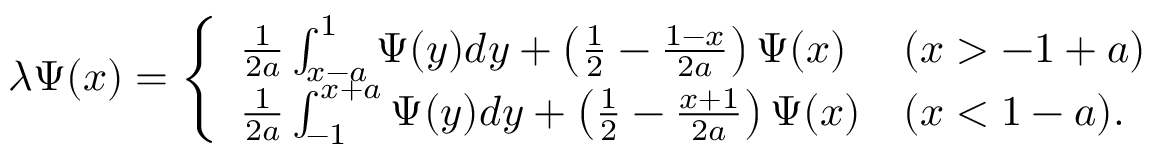
\begin{array} { r } { \lambda \Psi ( x ) = \left\{ \begin{array} { l l } { \frac { 1 } { 2 a } \int _ { x - a } ^ { 1 } \Psi ( y ) d y + \left( \frac { 1 } { 2 } - \frac { 1 - x } { 2 a } \right) \Psi ( x ) } & { ( x > - 1 + a ) } \\ { \frac { 1 } { 2 a } \int _ { - 1 } ^ { x + a } \Psi ( y ) d y + \left( \frac { 1 } { 2 } - \frac { x + 1 } { 2 a } \right) \Psi ( x ) } & { ( x < 1 - a ) . } \end{array} \right. } \end{array}